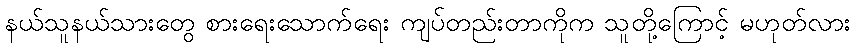
နယ်သူနယ်သားတွေ စားရေးသောက်ရေး ကျပ်တည်းတာကိုက သူတို့ကြောင့် မဟုတ်လား